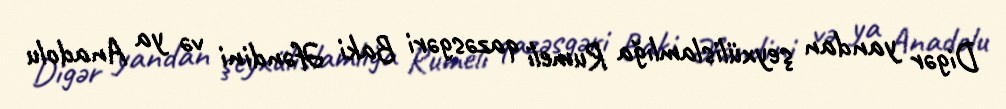
Digər yandan şeyxülislamlığa Rumeli qazəsgəri Baki Əfəndini və ya Anadolu